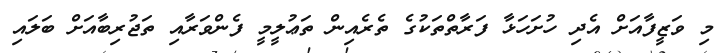
މި ވަޒީފާއަށް އެދި ހުށަހަޅާ ފަރާތްތަކުގެ ތެރެއިން ތަޢުލީމީ ފެންވަރާއި ތަޖުރިބާއަށް ބަލައި